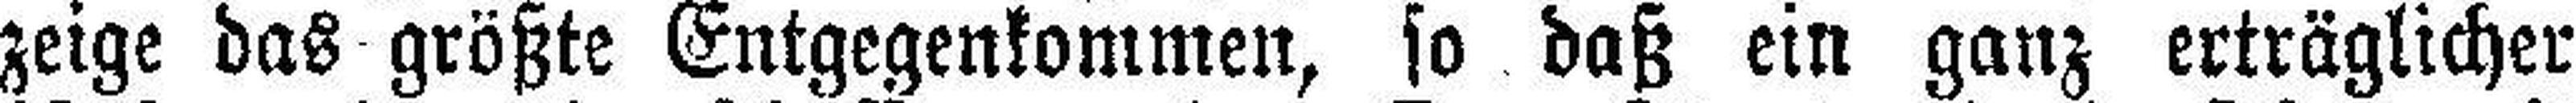
zeige das größte Entgegenkommen, so daß ein ganz erträglicher